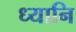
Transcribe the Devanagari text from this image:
ध्यानि